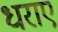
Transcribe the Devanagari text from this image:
धराए